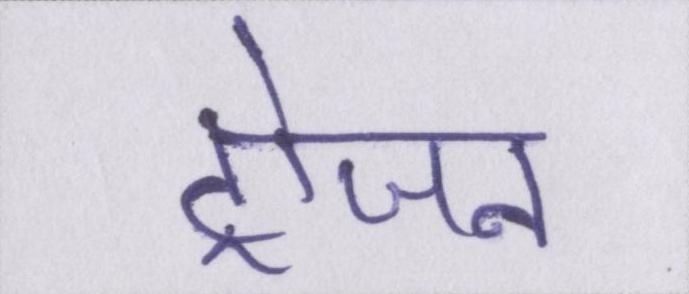
ट्रोजन